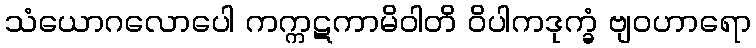
သံယောဂလောပေါ ကက္ကဋကာမိဝါတိ ဝိပါကဒုက္ခံ ဗျဝဟာရော